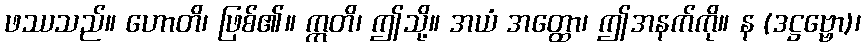
ဖဿသည်။ ဟောတိ၊ ဖြစ်၏။ ဣတိ၊ ဤသို့။ အယံ အတ္ထော၊ ဤအနက်ကို။ န (ဒဋ္ဌဗ္ဗော)၊